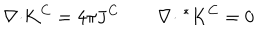
LaTeX: \mathbf { \nabla \cdot } { \mathbf { K } } ^ { C } = 4 \pi { \mathbf { J } } ^ { C } \qquad \mathbf { \nabla \cdot } \; ^ { * } { \mathbf { K } } ^ { C } = 0